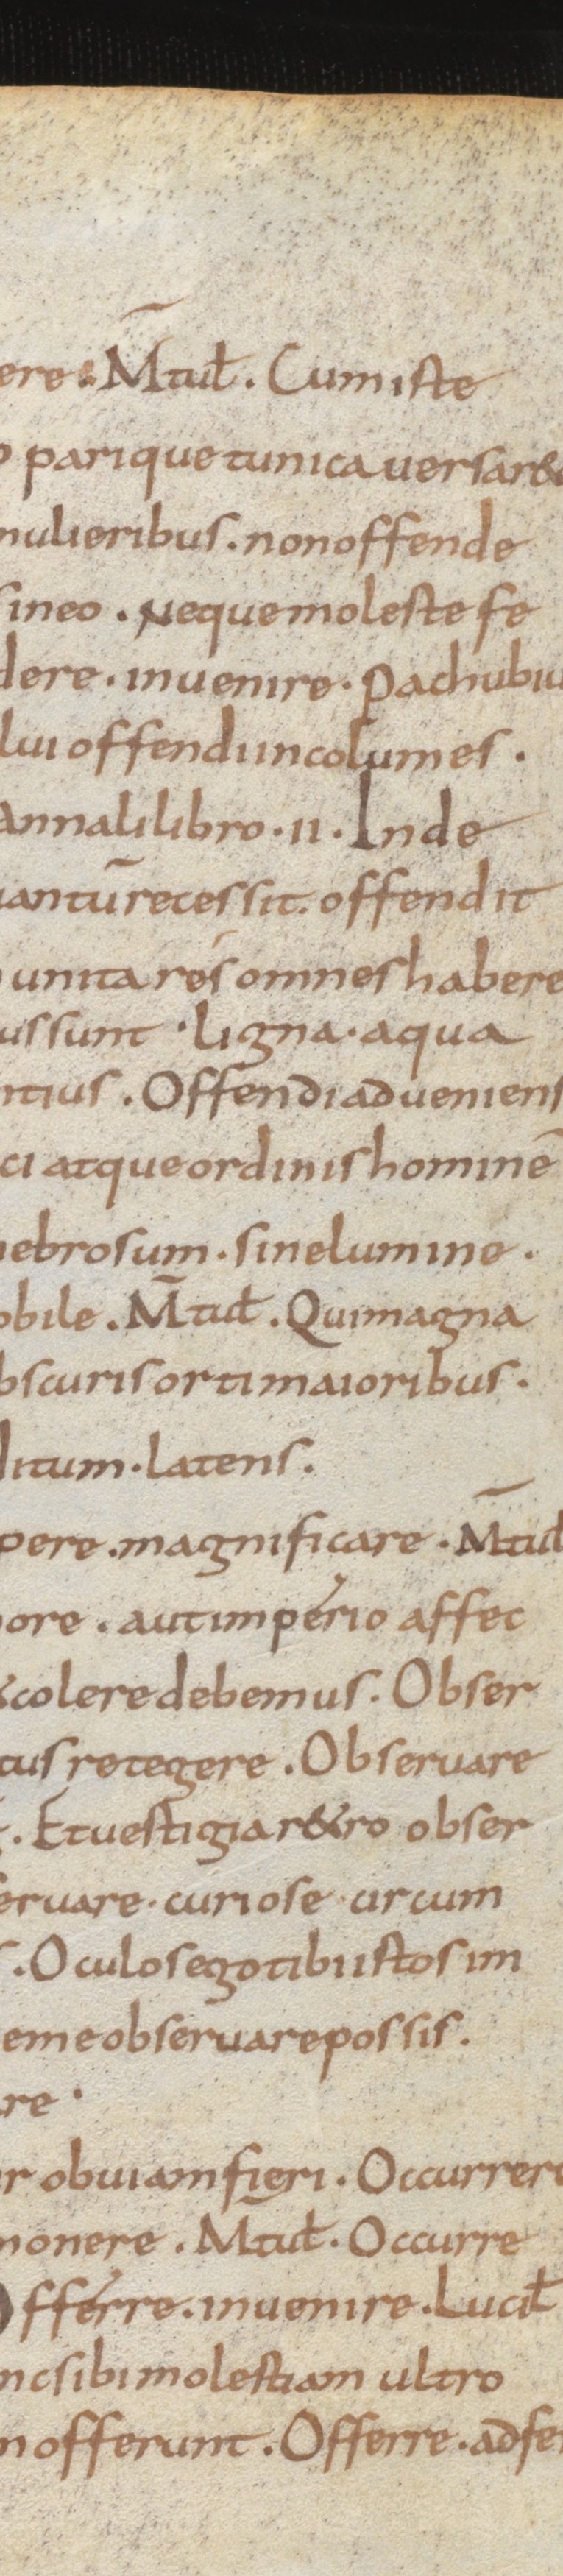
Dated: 850–899